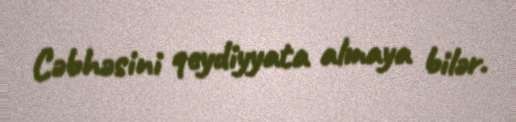
Cəbhəsini qeydiyyata almaya bilər.